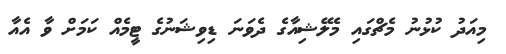
މިއަދު ކުޅުނު މެޗްގައި މެލޭޝިއާގެ ދެވަނަ ޑިވިޝަނުގެ ޓީމެއް ކަމަށް ވާ އެއާ